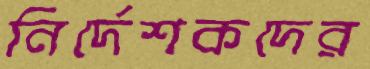
নির্দেশকদের